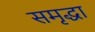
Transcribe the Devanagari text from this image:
समृद्धा